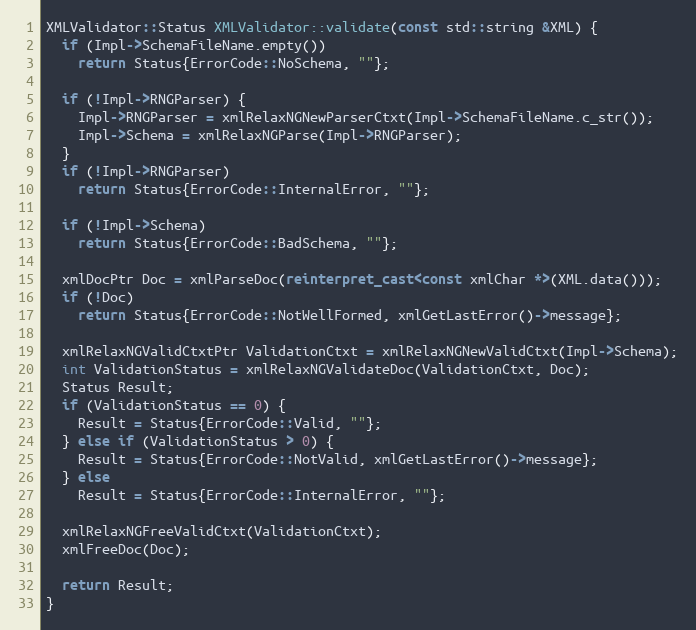
Language: C++
XMLValidator::Status XMLValidator::validate(const std::string &XML) {
  if (Impl->SchemaFileName.empty())
    return Status{ErrorCode::NoSchema, ""};

  if (!Impl->RNGParser) {
    Impl->RNGParser = xmlRelaxNGNewParserCtxt(Impl->SchemaFileName.c_str());
    Impl->Schema = xmlRelaxNGParse(Impl->RNGParser);
  }
  if (!Impl->RNGParser)
    return Status{ErrorCode::InternalError, ""};

  if (!Impl->Schema)
    return Status{ErrorCode::BadSchema, ""};

  xmlDocPtr Doc = xmlParseDoc(reinterpret_cast<const xmlChar *>(XML.data()));
  if (!Doc)
    return Status{ErrorCode::NotWellFormed, xmlGetLastError()->message};

  xmlRelaxNGValidCtxtPtr ValidationCtxt = xmlRelaxNGNewValidCtxt(Impl->Schema);
  int ValidationStatus = xmlRelaxNGValidateDoc(ValidationCtxt, Doc);
  Status Result;
  if (ValidationStatus == 0) {
    Result = Status{ErrorCode::Valid, ""};
  } else if (ValidationStatus > 0) {
    Result = Status{ErrorCode::NotValid, xmlGetLastError()->message};
  } else
    Result = Status{ErrorCode::InternalError, ""};

  xmlRelaxNGFreeValidCtxt(ValidationCtxt);
  xmlFreeDoc(Doc);

  return Result;
}